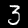
Digit: 3